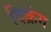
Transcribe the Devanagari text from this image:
दिक्रंग